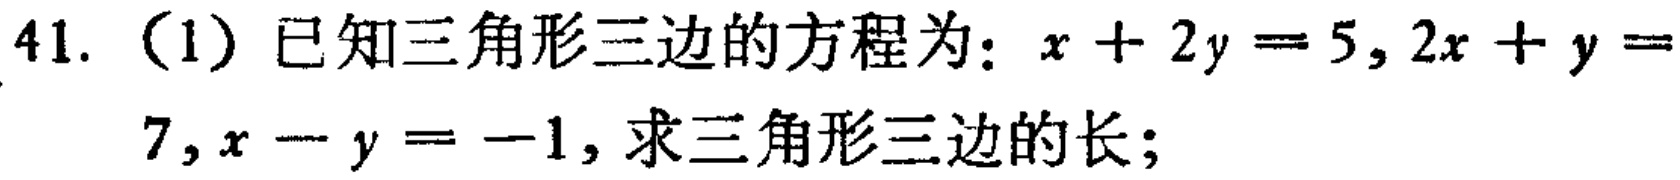
41.（1）已知三角形三边的方程为：\(x + 2y = 5,2x + y = 7,x - y = -1\)，求三角形三边的长；